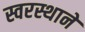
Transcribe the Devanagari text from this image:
स्वरस्थाने